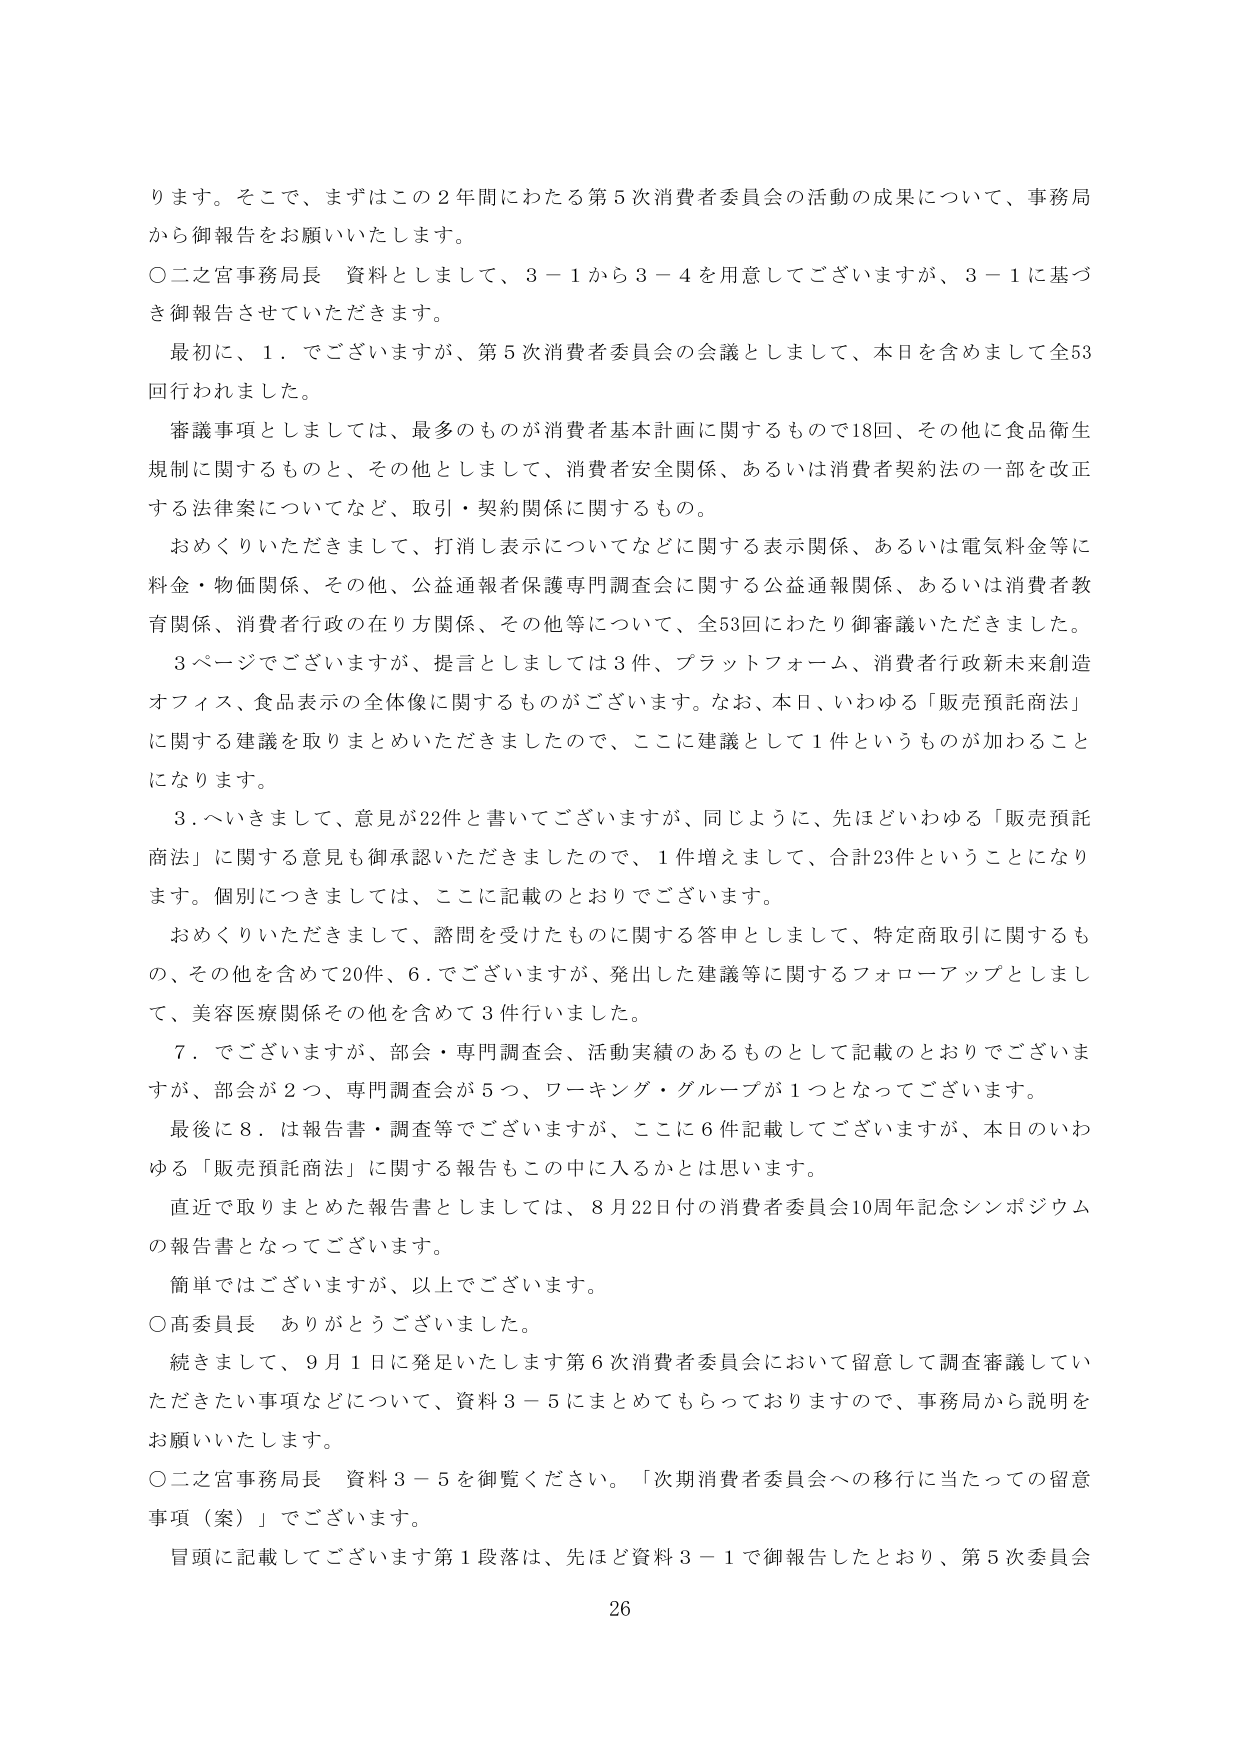
ります。そこで、まずはこの２年間にわたる第５次消費者委員会の活動の成果について、事務局から御報告をお願いいたします。

○二之宮事務局長　資料としまして、３－１から３－４を用意してございますが、３－１に基づき御報告させていただきます。

最初に、１．でございますが、第５次消費者委員会の会議としまして、本日を含めまして全53回行われました。

審議事項としましては、最多のものが消費者基本計画に関するもので18回、その他に食品衛生規制に関するものと、その他としまして、消費者安全関係、あるいは消費者契約法の一部を改正する法律案についてなど、取引・契約関係に関するもの。

おめくりいただきまして、打消し表示についてなどに関する表示関係、あるいは電気料金等に料金・物価関係、その他、公益通報者保護専門調査会に関する公益通報関係、あるいは消費者教育関係、消費者行政の在り方関係、その他等について、全53回にわたり御審議いただきました。

３ページでございますが、提言としましては３件、プラットフォーム、消費者行政未来創造オフィス、食品表示の全体像に関するものがございます。なお、本日、いわゆる「販売預託商法」に関する建議を取りまとめいただきましたので、ここに建議として１件というものが加わることになります。

３．へいきまして、意見が22件と書いてございますが、同じように、先ほどいわゆる「販売預託商法」に関する意見も御承認いただきましたので、１件増えまして、合計23件ということになります。個別につきましては、ここに記載のとおりでございます。

おめくりいただきまして、諮問を受けたものに関する答申としまして、特定商取引に関するもの、その他を含めて20件、６．でございますが、発出した建議等に関するフォローアップとしまして、美容医療関係その他を含めて３件行いました。

７．でございますが、部会・専門調査会、活動実績のあるものとして記載のとおりでございますが、部会が２つ、専門調査会が５つ、ワーキング・グループが１つとなってございます。

最後に８．は報告書・調査等でございますが、ここに６件記載してございますが、本日のいわゆる「販売預託商法」に関する報告もこの中に入るかとは思います。

直近で取りまとめた報告書としましては、８月22日付の消費者委員会10周年記念シンポジウムの報告書となってございます。

簡単ではございますが、以上でございます。

○高委員長　ありがとうございました。

続きまして、９月１日に発足いたします第６次消費者委員会において留意して調査審議していただきたい事項などについて、資料３－５にまとめてもらっておりますので、事務局から説明をお願いいたします。

○二之宮事務局長　資料３－５を御覧ください。「次期消費者委員会への移行に当たっての留意事項（案）」でございます。

冒頭に記載してございます第１段落は、先ほど資料３－１で御報告したとおり、第５次委員会

26